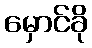
မှောင်ခို